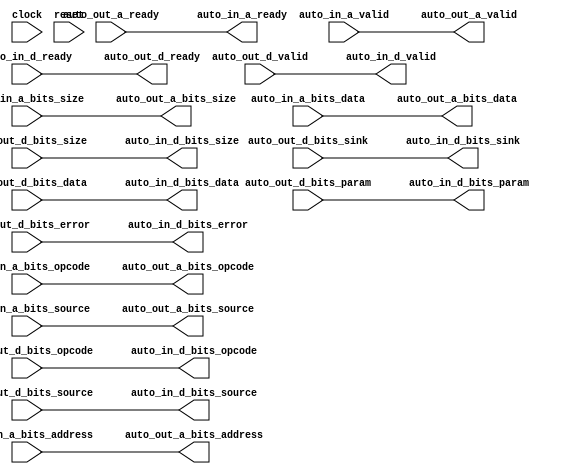
// Copyright (c) 2017, Microsemi Corporation
// All rights reserved.
//
// Redistribution and use in source and binary forms, with or without
// modification, are permitted provided that the following conditions are met:
//     * Redistributions of source code must retain the above copyright
//       notice, this list of conditions and the following disclaimer.
//     * Redistributions in binary form must reproduce the above copyright
//       notice, this list of conditions and the following disclaimer in the
//       documentation and/or other materials provided with the distribution.
//     * Neither the name of the <organization> nor the
//       names of its contributors may be used to endorse or promote products
//       derived from this software without specific prior written permission.
//
// THIS SOFTWARE IS PROVIDED BY THE COPYRIGHT HOLDERS AND CONTRIBUTORS "AS IS" AND
// ANY EXPRESS OR IMPLIED WARRANTIES, INCLUDING, BUT NOT LIMITED TO, THE IMPLIED
// WARRANTIES OF MERCHANTABILITY AND FITNESS FOR A PARTICULAR PURPOSE ARE
// DISCLAIMED. IN NO EVENT SHALL MICROSEMI CORPORATIONM BE LIABLE FOR ANY
// DIRECT, INDIRECT, INCIDENTAL, SPECIAL, EXEMPLARY, OR CONSEQUENTIAL DAMAGES
// (INCLUDING, BUT NOT LIMITED TO, PROCUREMENT OF SUBSTITUTE GOODS OR SERVICES;
// LOSS OF USE, DATA, OR PROFITS; OR BUSINESS INTERRUPTION) HOWEVER CAUSED AND
// ON ANY THEORY OF LIABILITY, WHETHER IN CONTRACT, STRICT LIABILITY, OR TORT
// (INCLUDING NEGLIGENCE OR OTHERWISE) ARISING IN ANY WAY OUT OF THE USE OF THIS
// SOFTWARE, EVEN IF ADVISED OF THE POSSIBILITY OF SUCH DAMAGE.
//
// APACHE LICENSE
// Copyright (c) 2017, Microsemi Corporation 
//
// Licensed under the Apache License, Version 2.0 (the "License");
// you may not use this file except in compliance with the License.
// You may obtain a copy of the License at
//
//    http://www.apache.org/licenses/LICENSE-2.0
//
// Unless required by applicable law or agreed to in writing, software
// distributed under the License is distributed on an "AS IS" BASIS,
// WITHOUT WARRANTIES OR CONDITIONS OF ANY KIND, either express or implied.
// See the License for the specific language governing permissions and
// limitations under the License.
//
// Description:
//
// SVN Revision Information:
// SVN $Revision: $
// SVN $Date: $
//
// Resolved SARs
// SAR      Date     Who   Description
//
// Notes:
//
// ****************************************************************************/
`ifndef RANDOMIZE_REG_INIT 
	 `define RANDOMIZE_REG_INIT 
 `endif
`ifndef RANDOMIZE_MEM_INIT 
	 `define RANDOMIZE_MEM_INIT 
 `endif
`ifndef RANDOMIZE 
	 `define RANDOMIZE 
`endif

`timescale 1ns/10ps
module MiV_Core32_MiV_Core32_0_MIV_RV32IMA_L1_AHB_TLXBAR_MEMORY_BUS( // @[:freechips.rocketchip.system.MivRV32ImaL1AhbConfig.fir@4852.2]
  input         clock, // @[:freechips.rocketchip.system.MivRV32ImaL1AhbConfig.fir@4853.4]
  input         reset, // @[:freechips.rocketchip.system.MivRV32ImaL1AhbConfig.fir@4854.4]
  output        auto_in_a_ready, // @[:freechips.rocketchip.system.MivRV32ImaL1AhbConfig.fir@4855.4]
  input         auto_in_a_valid, // @[:freechips.rocketchip.system.MivRV32ImaL1AhbConfig.fir@4855.4]
  input  [2:0]  auto_in_a_bits_opcode, // @[:freechips.rocketchip.system.MivRV32ImaL1AhbConfig.fir@4855.4]
  input  [2:0]  auto_in_a_bits_size, // @[:freechips.rocketchip.system.MivRV32ImaL1AhbConfig.fir@4855.4]
  input  [2:0]  auto_in_a_bits_source, // @[:freechips.rocketchip.system.MivRV32ImaL1AhbConfig.fir@4855.4]
  input  [31:0] auto_in_a_bits_address, // @[:freechips.rocketchip.system.MivRV32ImaL1AhbConfig.fir@4855.4]
  input  [31:0] auto_in_a_bits_data, // @[:freechips.rocketchip.system.MivRV32ImaL1AhbConfig.fir@4855.4]
  input         auto_in_d_ready, // @[:freechips.rocketchip.system.MivRV32ImaL1AhbConfig.fir@4855.4]
  output        auto_in_d_valid, // @[:freechips.rocketchip.system.MivRV32ImaL1AhbConfig.fir@4855.4]
  output [2:0]  auto_in_d_bits_opcode, // @[:freechips.rocketchip.system.MivRV32ImaL1AhbConfig.fir@4855.4]
  output [1:0]  auto_in_d_bits_param, // @[:freechips.rocketchip.system.MivRV32ImaL1AhbConfig.fir@4855.4]
  output [2:0]  auto_in_d_bits_size, // @[:freechips.rocketchip.system.MivRV32ImaL1AhbConfig.fir@4855.4]
  output [2:0]  auto_in_d_bits_source, // @[:freechips.rocketchip.system.MivRV32ImaL1AhbConfig.fir@4855.4]
  output        auto_in_d_bits_sink, // @[:freechips.rocketchip.system.MivRV32ImaL1AhbConfig.fir@4855.4]
  output [31:0] auto_in_d_bits_data, // @[:freechips.rocketchip.system.MivRV32ImaL1AhbConfig.fir@4855.4]
  output        auto_in_d_bits_error, // @[:freechips.rocketchip.system.MivRV32ImaL1AhbConfig.fir@4855.4]
  input         auto_out_a_ready, // @[:freechips.rocketchip.system.MivRV32ImaL1AhbConfig.fir@4855.4]
  output        auto_out_a_valid, // @[:freechips.rocketchip.system.MivRV32ImaL1AhbConfig.fir@4855.4]
  output [2:0]  auto_out_a_bits_opcode, // @[:freechips.rocketchip.system.MivRV32ImaL1AhbConfig.fir@4855.4]
  output [2:0]  auto_out_a_bits_size, // @[:freechips.rocketchip.system.MivRV32ImaL1AhbConfig.fir@4855.4]
  output [2:0]  auto_out_a_bits_source, // @[:freechips.rocketchip.system.MivRV32ImaL1AhbConfig.fir@4855.4]
  output [31:0] auto_out_a_bits_address, // @[:freechips.rocketchip.system.MivRV32ImaL1AhbConfig.fir@4855.4]
  output [31:0] auto_out_a_bits_data, // @[:freechips.rocketchip.system.MivRV32ImaL1AhbConfig.fir@4855.4]
  output        auto_out_d_ready, // @[:freechips.rocketchip.system.MivRV32ImaL1AhbConfig.fir@4855.4]
  input         auto_out_d_valid, // @[:freechips.rocketchip.system.MivRV32ImaL1AhbConfig.fir@4855.4]
  input  [2:0]  auto_out_d_bits_opcode, // @[:freechips.rocketchip.system.MivRV32ImaL1AhbConfig.fir@4855.4]
  input  [1:0]  auto_out_d_bits_param, // @[:freechips.rocketchip.system.MivRV32ImaL1AhbConfig.fir@4855.4]
  input  [2:0]  auto_out_d_bits_size, // @[:freechips.rocketchip.system.MivRV32ImaL1AhbConfig.fir@4855.4]
  input  [2:0]  auto_out_d_bits_source, // @[:freechips.rocketchip.system.MivRV32ImaL1AhbConfig.fir@4855.4]
  input         auto_out_d_bits_sink, // @[:freechips.rocketchip.system.MivRV32ImaL1AhbConfig.fir@4855.4]
  input  [31:0] auto_out_d_bits_data, // @[:freechips.rocketchip.system.MivRV32ImaL1AhbConfig.fir@4855.4]
  input         auto_out_d_bits_error // @[:freechips.rocketchip.system.MivRV32ImaL1AhbConfig.fir@4855.4]
);
  wire  _T_848; // @[Arbiter.scala 66:62:freechips.rocketchip.system.MivRV32ImaL1AhbConfig.fir@4991.4]
  wire  _T_856; // @[Arbiter.scala 68:36:freechips.rocketchip.system.MivRV32ImaL1AhbConfig.fir@5001.4]
  wire  _T_858; // @[Arbiter.scala 68:14:freechips.rocketchip.system.MivRV32ImaL1AhbConfig.fir@5003.4]
  wire  _T_860; // @[Arbiter.scala 68:14:freechips.rocketchip.system.MivRV32ImaL1AhbConfig.fir@5004.4]
  wire  _T_925; // @[Arbiter.scala 66:62:freechips.rocketchip.system.MivRV32ImaL1AhbConfig.fir@5041.4]
  wire  _T_933; // @[Arbiter.scala 68:36:freechips.rocketchip.system.MivRV32ImaL1AhbConfig.fir@5051.4]
  wire  _T_935; // @[Arbiter.scala 68:14:freechips.rocketchip.system.MivRV32ImaL1AhbConfig.fir@5053.4]
  wire  _T_937; // @[Arbiter.scala 68:14:freechips.rocketchip.system.MivRV32ImaL1AhbConfig.fir@5054.4]
  assign _T_848 = auto_in_a_valid == 1'h0; // @[Arbiter.scala 66:62:freechips.rocketchip.system.MivRV32ImaL1AhbConfig.fir@4991.4]
  assign _T_856 = _T_848 | auto_in_a_valid; // @[Arbiter.scala 68:36:freechips.rocketchip.system.MivRV32ImaL1AhbConfig.fir@5001.4]
  assign _T_858 = _T_856 | reset; // @[Arbiter.scala 68:14:freechips.rocketchip.system.MivRV32ImaL1AhbConfig.fir@5003.4]
  assign _T_860 = _T_858 == 1'h0; // @[Arbiter.scala 68:14:freechips.rocketchip.system.MivRV32ImaL1AhbConfig.fir@5004.4]
  assign _T_925 = auto_out_d_valid == 1'h0; // @[Arbiter.scala 66:62:freechips.rocketchip.system.MivRV32ImaL1AhbConfig.fir@5041.4]
  assign _T_933 = _T_925 | auto_out_d_valid; // @[Arbiter.scala 68:36:freechips.rocketchip.system.MivRV32ImaL1AhbConfig.fir@5051.4]
  assign _T_935 = _T_933 | reset; // @[Arbiter.scala 68:14:freechips.rocketchip.system.MivRV32ImaL1AhbConfig.fir@5053.4]
  assign _T_937 = _T_935 == 1'h0; // @[Arbiter.scala 68:14:freechips.rocketchip.system.MivRV32ImaL1AhbConfig.fir@5054.4]
  assign auto_in_a_ready = auto_out_a_ready;
  assign auto_in_d_valid = auto_out_d_valid;
  assign auto_in_d_bits_opcode = auto_out_d_bits_opcode;
  assign auto_in_d_bits_param = auto_out_d_bits_param;
  assign auto_in_d_bits_size = auto_out_d_bits_size;
  assign auto_in_d_bits_source = auto_out_d_bits_source;
  assign auto_in_d_bits_sink = auto_out_d_bits_sink;
  assign auto_in_d_bits_data = auto_out_d_bits_data;
  assign auto_in_d_bits_error = auto_out_d_bits_error;
  assign auto_out_a_valid = auto_in_a_valid;
  assign auto_out_a_bits_opcode = auto_in_a_bits_opcode;
  assign auto_out_a_bits_size = auto_in_a_bits_size;
  assign auto_out_a_bits_source = auto_in_a_bits_source;
  assign auto_out_a_bits_address = auto_in_a_bits_address;
  assign auto_out_a_bits_data = auto_in_a_bits_data;
  assign auto_out_d_ready = auto_in_d_ready;
  always @(posedge clock) begin
    `ifndef SYNTHESIS
    `ifdef PRINTF_COND
      if (`PRINTF_COND) begin
    `endif
        if (1'h0) begin
          $fwrite(32'h80000002,"Assertion failed\n    at Arbiter.scala:66 assert((prefixOR zip winner) map { case (p,w) => !p || !w } reduce {_ && _})\n"); // @[Arbiter.scala 66:13:freechips.rocketchip.system.MivRV32ImaL1AhbConfig.fir@4997.6]
        end
    `ifdef PRINTF_COND
      end
    `endif
    `endif // SYNTHESIS
    `ifndef SYNTHESIS
    `ifdef STOP_COND
      if (`STOP_COND) begin
    `endif
        if (1'h0) begin
          $fatal; // @[Arbiter.scala 66:13:freechips.rocketchip.system.MivRV32ImaL1AhbConfig.fir@4998.6]
        end
    `ifdef STOP_COND
      end
    `endif
    `endif // SYNTHESIS
    `ifndef SYNTHESIS
    `ifdef PRINTF_COND
      if (`PRINTF_COND) begin
    `endif
        if (_T_860) begin
          $fwrite(32'h80000002,"Assertion failed\n    at Arbiter.scala:68 assert (!valids.reduce(_||_) || winner.reduce(_||_))\n"); // @[Arbiter.scala 68:14:freechips.rocketchip.system.MivRV32ImaL1AhbConfig.fir@5006.6]
        end
    `ifdef PRINTF_COND
      end
    `endif
    `endif // SYNTHESIS
    `ifndef SYNTHESIS
    `ifdef STOP_COND
      if (`STOP_COND) begin
    `endif
        if (_T_860) begin
          $fatal; // @[Arbiter.scala 68:14:freechips.rocketchip.system.MivRV32ImaL1AhbConfig.fir@5007.6]
        end
    `ifdef STOP_COND
      end
    `endif
    `endif // SYNTHESIS
    `ifndef SYNTHESIS
    `ifdef PRINTF_COND
      if (`PRINTF_COND) begin
    `endif
        if (1'h0) begin
          $fwrite(32'h80000002,"Assertion failed\n    at Arbiter.scala:66 assert((prefixOR zip winner) map { case (p,w) => !p || !w } reduce {_ && _})\n"); // @[Arbiter.scala 66:13:freechips.rocketchip.system.MivRV32ImaL1AhbConfig.fir@5047.6]
        end
    `ifdef PRINTF_COND
      end
    `endif
    `endif // SYNTHESIS
    `ifndef SYNTHESIS
    `ifdef STOP_COND
      if (`STOP_COND) begin
    `endif
        if (1'h0) begin
          $fatal; // @[Arbiter.scala 66:13:freechips.rocketchip.system.MivRV32ImaL1AhbConfig.fir@5048.6]
        end
    `ifdef STOP_COND
      end
    `endif
    `endif // SYNTHESIS
    `ifndef SYNTHESIS
    `ifdef PRINTF_COND
      if (`PRINTF_COND) begin
    `endif
        if (_T_937) begin
          $fwrite(32'h80000002,"Assertion failed\n    at Arbiter.scala:68 assert (!valids.reduce(_||_) || winner.reduce(_||_))\n"); // @[Arbiter.scala 68:14:freechips.rocketchip.system.MivRV32ImaL1AhbConfig.fir@5056.6]
        end
    `ifdef PRINTF_COND
      end
    `endif
    `endif // SYNTHESIS
    `ifndef SYNTHESIS
    `ifdef STOP_COND
      if (`STOP_COND) begin
    `endif
        if (_T_937) begin
          $fatal; // @[Arbiter.scala 68:14:freechips.rocketchip.system.MivRV32ImaL1AhbConfig.fir@5057.6]
        end
    `ifdef STOP_COND
      end
    `endif
    `endif // SYNTHESIS
  end
endmodule